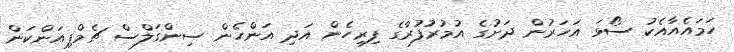
ހަމައެއާއެކު ސޯޅަ އަހަރުން ދަށުގެ އުމުރުފުރާގެ ފިރިހެން އަދި އަންހެން ސިންގަލްސް ޗެމްޕިއަންކަން